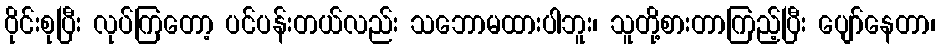
ဝိုင်းစုပြီး လုပ်ကြတော့ ပင်ပန်းတယ်လည်း သဘောမထားပါဘူး၊ သူတို့စားတာကြည့်ပြီး ပျော်နေတာ၊